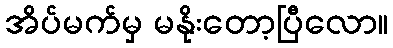
အိပ်မက်မှ မနိုးတော့ပြီလော။